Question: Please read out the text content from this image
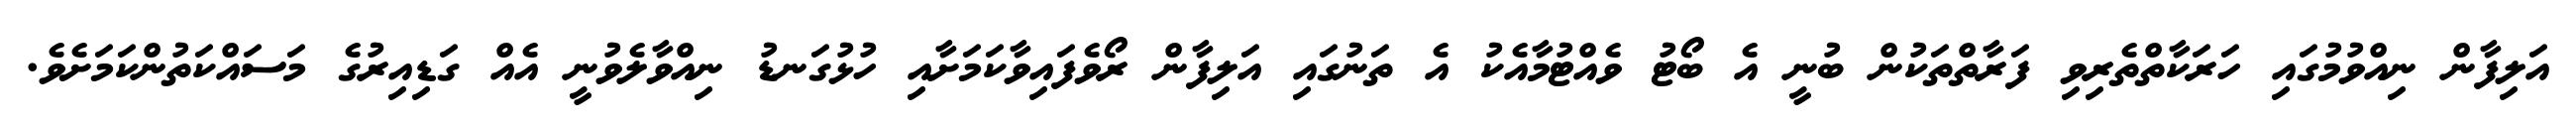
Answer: އަލިފާން ނިއްވުމުގައި ހަރަކާތްތެރިވި ފަރާތްތަކުން ބުނީ އެ ބޯޓު ވެއްޓުމާއެކު އެ ތަނުގައި އަލިފާން ރޯވެފައިވާކަމަށާއި ހުޅުގަނޑު ނިއްވާލެވުނީ އެއް ގަޑިއިރުގެ މަސައްކަތުންކަމަށެވެ.